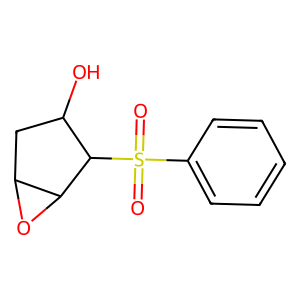
SMILES: O=S(=O)(c1ccccc1)C1C(O)CC2OC21
Inhibits HIV replication: No